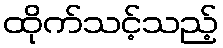
ထိုက်သင့်သည့်